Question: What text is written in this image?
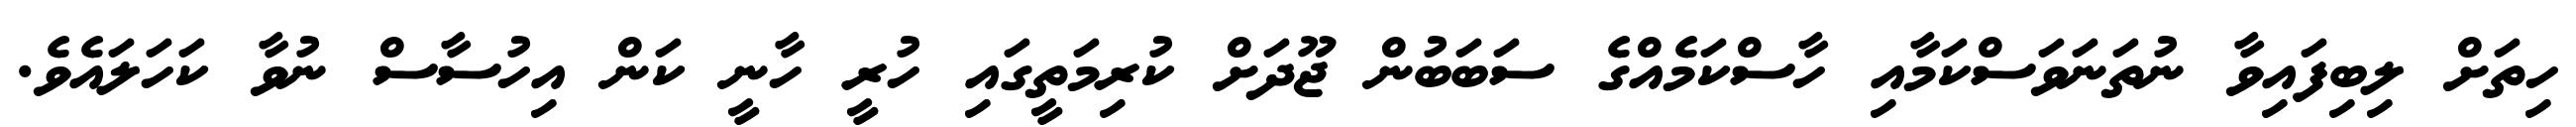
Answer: ހިތަށް ލިބިފައިވާ ނުތަނަވަސްކަމާއި ހާސްކަމެއްގެ ސަބަބުން ޖޫދަށް ކުރިމަތީގައި ހުރީ ހާނީ ކަން އިހުސާސް ނުވާ ކަހަލައެވެ.